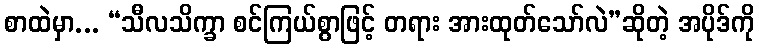
စာထဲမှာ... “သီလသိက္ခာ စင်ကြယ်စွာဖြင့် တရား အားထုတ်သော်လဲ”ဆိုတဲ့ အပိုဒ်ကို